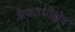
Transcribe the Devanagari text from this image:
अपराधीक्षेत्र